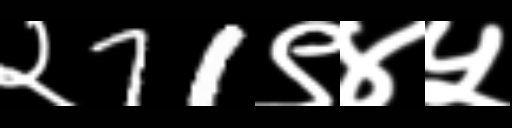
Text: २71९४५